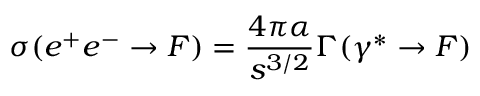
\sigma ( e ^ { + } e ^ { - } \rightarrow F ) = { \frac { 4 \pi \alpha } { s ^ { 3 / 2 } } } \Gamma ( \gamma ^ { * } \rightarrow F )